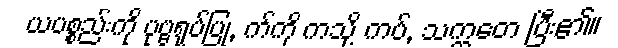
ယပစ္စည်းကို ပုဗ္ဗရုပ်ပြု, က်ကို ကသို့ ကပ်, သက္ကတေ ပြီး၏။